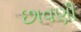
છાવણી